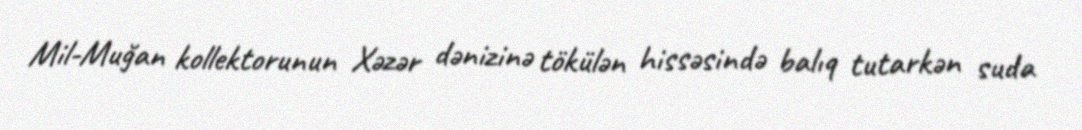
Mil-Muğan kollektorunun Xəzər dənizinə tökülən hissəsində balıq tutarkən suda